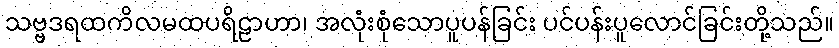
သဗ္ဗဒရထကိလမထပရိဠာဟာ၊ အလုံးစုံသောပူပန်ခြင်း ပင်ပန်းပူလောင်ခြင်းတို့သည်။